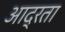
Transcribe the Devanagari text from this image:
आद्रता